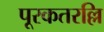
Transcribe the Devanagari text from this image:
पूरकतरल्लि